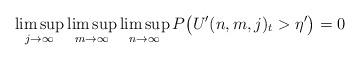
LaTeX: \begin{align*} \limsup_{j\to\infty}\limsup_{m\to\infty}\limsup_{n\to\infty}P \bigl(U'(n,m,j)_t>\eta' \bigr)=0\end{align*}